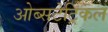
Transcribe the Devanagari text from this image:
ओब्सटेट्रिकल